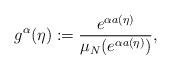
LaTeX: \begin{align*}g^{\alpha}(\eta):=\frac{e^{\alpha a(\eta)}}{\mu_N(e^{\alpha a(\eta)})},\end{align*}